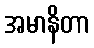
အမာနိတာ